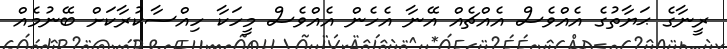
ރީނާގެ ޙަޔާތުގެ އެއްވެސް އެއްޗެއް އޭނާ އެހެން އެއްވެސް މީހަކާ ހިއްސާކުރާކަށް ބޭނުމެއް